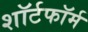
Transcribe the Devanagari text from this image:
शॉर्टफॉर्म